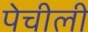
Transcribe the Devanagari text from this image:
पेचीली